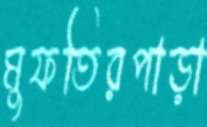
মুফতিরপাড়া